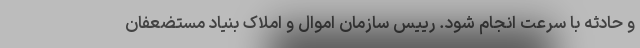
و حادثه با سرعت انجام شود. رییس سازمان اموال و املاک بنیاد مستضعفان